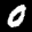
Label: 0